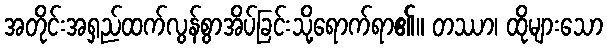
အတိုင်းအရှည်ထက်လွန်စွာအိပ်ခြင်းသို့ရောက်ရာ၏။ တဿာ၊ ထိုများသော